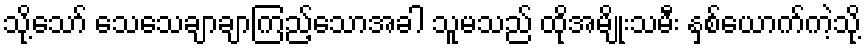
သို့သော် သေသေချာချာကြည့်သောအခါ သူမသည် ထိုအမျိုးသမီး နှစ်ယောက်ကဲ့သို့